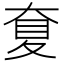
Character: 𡙋